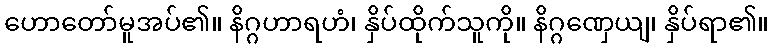
ဟောတော်မူအပ်၏။ နိဂ္ဂဟာရဟံ၊ နှိပ်ထိုက်သူကို။ နိဂ္ဂဏှေယျ၊ နှိပ်ရာ၏။